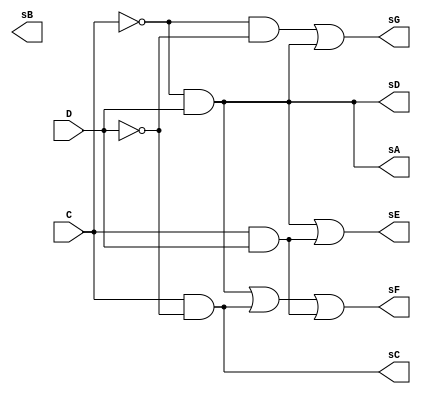
module decod_numeros_7seg_0a3 (
  input C, D,
  output reg sA, sB, sC, sD, sE, sF, sG
);

  always @*
    begin
      sA = ~C & D;

      sC = C & ~D;

      sD = ~C & D;

      sE = ~C & D | C & D;

      sF = ~C & D | C & ~D| C & D;

      sG = ~C & ~D | ~C & D;
    end
	
endmodule